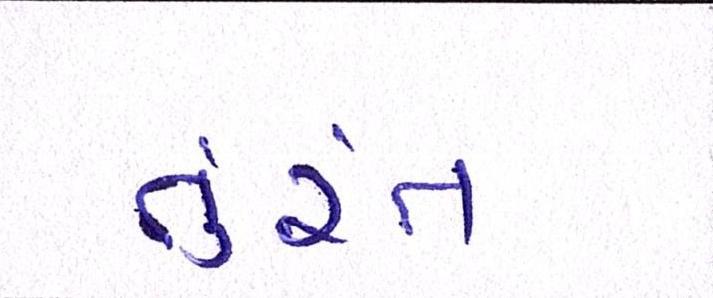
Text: તુરંત